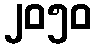
၂၀၅၀